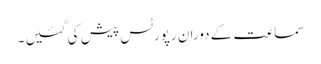
سماعت کے دوران رپورٹس پیش کی گئیں ۔